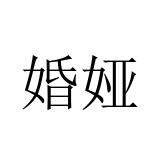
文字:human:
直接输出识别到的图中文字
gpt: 婚娅